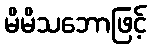
မိမိသဘောဖြင့်